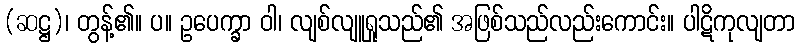
(ဆဋ္ဌ)၊ တွန့်၏။ ပ။ ဥပေက္ခာ ဝါ၊ လျစ်လျူရှုသည်၏ အဖြစ်သည်လည်းကောင်း။ ပါဋိကုလျတာ